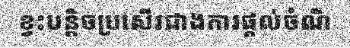
ខ្វះបន្តិចប្រសើរជាងការផ្តល់ចំណី